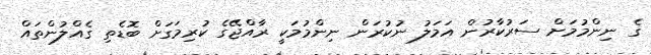
ގެ ނިންމުމަށް ސަރުކާރުން އަމަލު ނުކުރަން ނިންމުމަކީ ރާއްޖޭގެ ކުރިމަގަށް ބޮޑެތި ގެއްލުންތައް